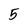
Character: 5